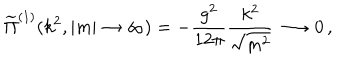
LaTeX: \widetilde { \Pi } ^ { ( 1 ) } ( k ^ { 2 } , | m | \rightarrow \infty ) = - \frac { g ^ { 2 } } { 1 2 \pi } \frac { k ^ { 2 } } { \sqrt { m ^ { 2 } } } \longrightarrow 0 \, ,